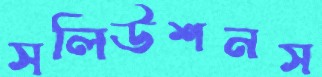
সলিউশনস